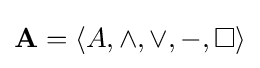
\mathbf {A} =\langle A,\wedge ,\vee ,-,\Box \rangle